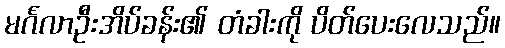
မင်္ဂလာဦးအိပ်ခန်း၏ တံခါးကို ပိတ်ပေးလေသည်။